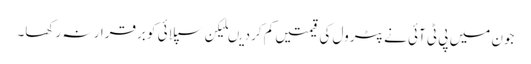
جون میں پی ٹی آئی نے پٹرول کی قیمتیں کم کردیںلیکن سپلائی کو برقرار نہ رکھا۔